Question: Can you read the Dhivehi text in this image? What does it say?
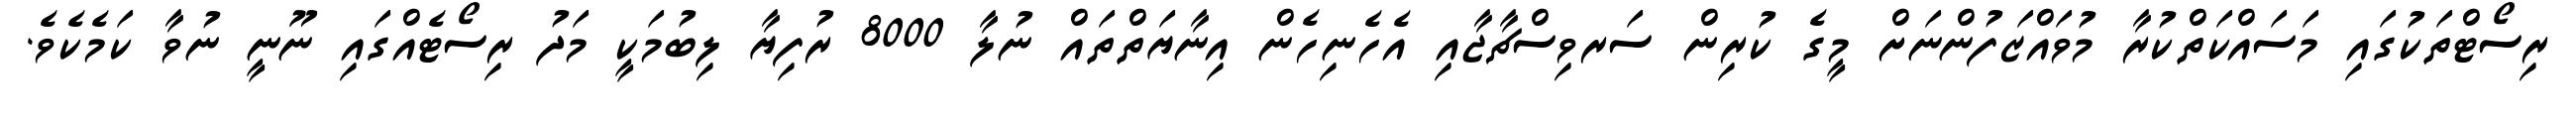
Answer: ރިސޯޓްތަކުގައި މަސައްކަތްކުރާ މުވައްޒަފުންނަށް މީގެ ކުރިން ސަރވިސްޗާޖާއި އެހެނިހެން އިނާޔަތްތައް ނުލާ 8000 ރުފިޔާ ލިބުމަކީ މަދު ރިސޯޓެއްގައި ނޫނީ ނުވާ ކަމެކެވެ.